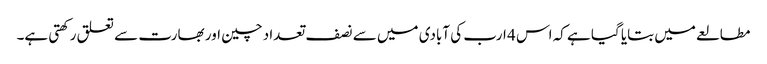
مطالعے میں بتایا گیا ہے کہ اس 4 ارب کی آبادی میں سے نصف تعداد چین اور بھارت سے تعلق رکھتی ہے۔